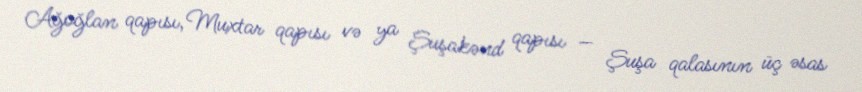
Ağoğlan qapısı, Muxtar qapısı və ya Şuşakənd qapısı — Şuşa qalasının üç əsas